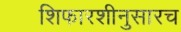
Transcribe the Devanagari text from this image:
शिफारशीनुसारच